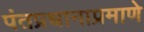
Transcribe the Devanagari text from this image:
पंतप्रधानाप्रमाणे